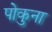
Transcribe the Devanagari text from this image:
पोकुना